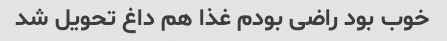
خوب بود راضی بودم غذا هم داغ تحویل شد